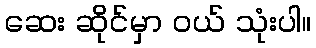
ဆေး ဆိုင်မှာ ဝယ် သုံးပါ။